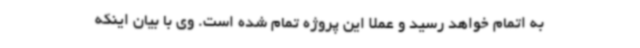
به اتمام خواهد رسید و عملاً این پروژه تمام شده است‌. وی با بیان اینکه